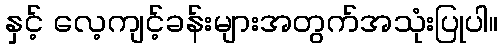
နှင့် လေ့ကျင့်ခန်းများအတွက်အသုံးပြုပါ။